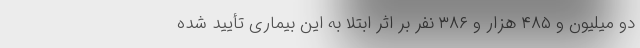
دو میلیون و ۴۸۵ هزار و ۳۸۶ نفر بر اثر ابتلا به این بیماری تأیید شده